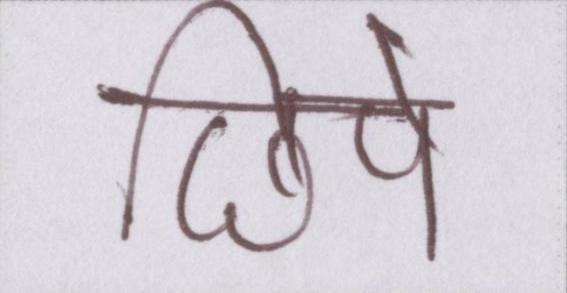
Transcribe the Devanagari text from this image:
छिपे